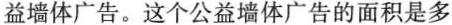
益墙体广告。这个公益墙体广告的面积是多